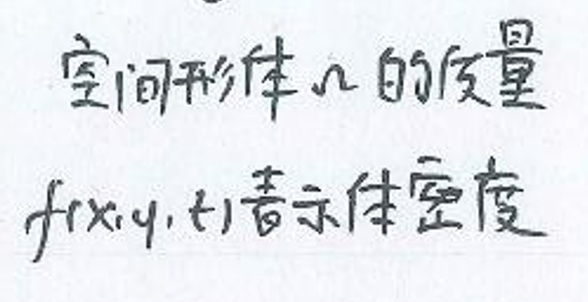
空间形体\(\Omega\)的质量\(f(x,y,t)\)表示体密度